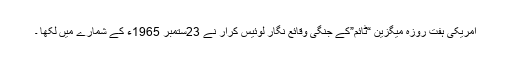
امریکی ہفت روزہ میگزین “ٹائم”کے جنگی وقائع نگار لوئیس کرار نے 23ستمبر 1965ء کے شمارے میں لکھا ۔